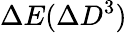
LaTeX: \Delta E(\Delta D^{3})